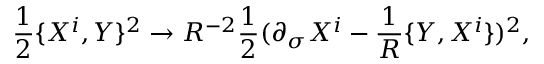
{ \frac { 1 } { 2 } } \{ X ^ { i } , Y \} ^ { 2 } \rightarrow R ^ { - 2 } { \frac { 1 } { 2 } } ( \partial _ { \sigma } X ^ { i } - { \frac { 1 } { R } } \{ Y , X ^ { i } \} ) ^ { 2 } ,